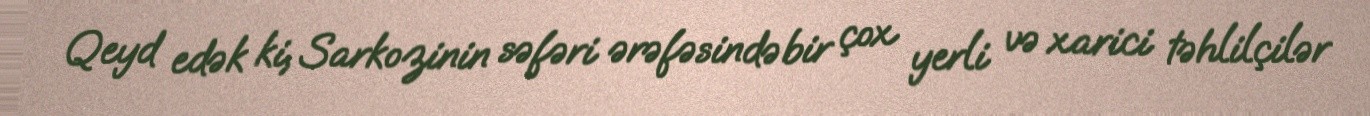
Qeyd edək ki, Sarkozinin səfəri ərəfəsində bir çox yerli və xarici təhlilçilər